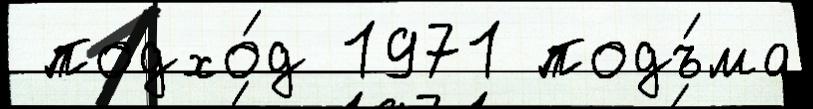
 подхо́д 1971 подъ́ма